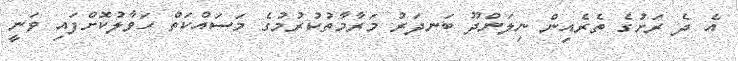
އެ ދެ ރަށުގެ ތެރެއިން ނިލަންދޫ ބަނދަރު މަރާމާތުކުރުމުގެ މަސައްކަތް ހަވާލުކޮށްފައި ވަނީ